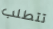
تتطلب